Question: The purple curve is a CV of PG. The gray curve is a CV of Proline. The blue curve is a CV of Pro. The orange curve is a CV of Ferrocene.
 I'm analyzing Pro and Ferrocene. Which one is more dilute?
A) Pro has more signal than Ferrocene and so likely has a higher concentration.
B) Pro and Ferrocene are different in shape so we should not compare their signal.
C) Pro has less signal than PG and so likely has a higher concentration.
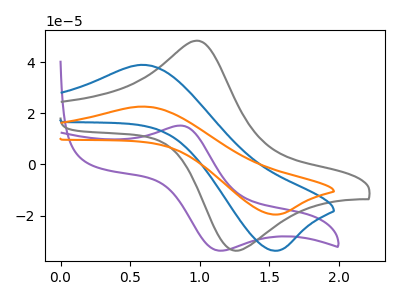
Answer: <think>The purple curve "PG" has an anodic peak at (0.85V, 15.15uA) and a cathodic peak at (1.15V, -33.70uA). The gray curve "Proline" has an anodic peak at (1.00V, 48.35uA) and a cathodic peak at (1.25V, -33.75uA). The blue curve "Pro" has an anodic peak at (0.60V, 38.90uA) and a cathodic peak at (1.55V, -33.75uA). The orange curve "Ferrocene" has an anodic peak at (0.60V, 22.60uA) and a cathodic peak at (1.55V, -19.60uA).
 All the peaks in "Pro" have a peak in "Ferrocene" at the same potential. Every peak in "Pro" is higher than every peak in "Ferrocene".</think>
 <answer>A) "Pro" has more signal than "Ferrocene" and so likely has a higher concentration.</answer>
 <eval>A</eval>